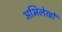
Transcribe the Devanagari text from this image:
अभिलेखोँ